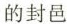
的封邑